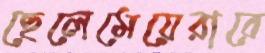
ছেলেমেয়েরারে